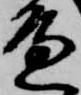
邊